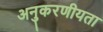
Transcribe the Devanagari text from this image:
अनुकरणीयता